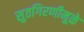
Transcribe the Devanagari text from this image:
सुतगिरणीमूळे